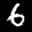
Label: 6